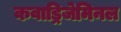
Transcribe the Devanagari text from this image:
कवाड्रिजेमिनल